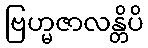
ဗြဟ္မဇာလန္တိပိ